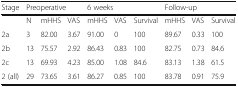
| Stage | <COLSPAN=3> Preoperative | <COLSPAN=3> 6 weeks | <COLSPAN=3> Follow-up |
 | --- | --- | --- | --- | --- | --- | --- | --- | --- | --- |
 |  | N | mHHS | VAS | mHHS | VAS | Survival | mHHS | VAS | Survival |
 | 2a | 3 | 82.00 | 3.67 | 91.00 | 0 | 100 | 89.67 | 0.33 | 100 |
 | 2b | 13 | 75.57 | 2.92 | 86.43 | 0.83 | 100 | 82.75 | 0.73 | 84.6 |
 | 2c | 13 | 69.93 | 4.23 | 85.00 | 1.08 | 84.6 | 83.13 | 1.38 | 61.5 |
 | 2 (all) | 29 | 73.65 | 3.61 | 86.27 | 0.85 | 100 | 83.78 | 0.91 | 75.9 |